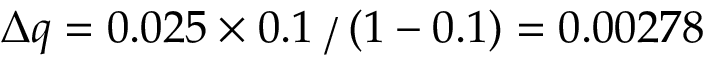
\Delta q = 0 . 0 2 5 \times 0 . 1 ⁄ ( 1 - 0 . 1 ) = 0 . 0 0 2 7 8